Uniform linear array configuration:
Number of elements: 4
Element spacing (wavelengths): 0.5
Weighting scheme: uniform
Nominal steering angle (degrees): -15
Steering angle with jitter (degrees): -16.261
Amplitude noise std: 0.05
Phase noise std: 0.05

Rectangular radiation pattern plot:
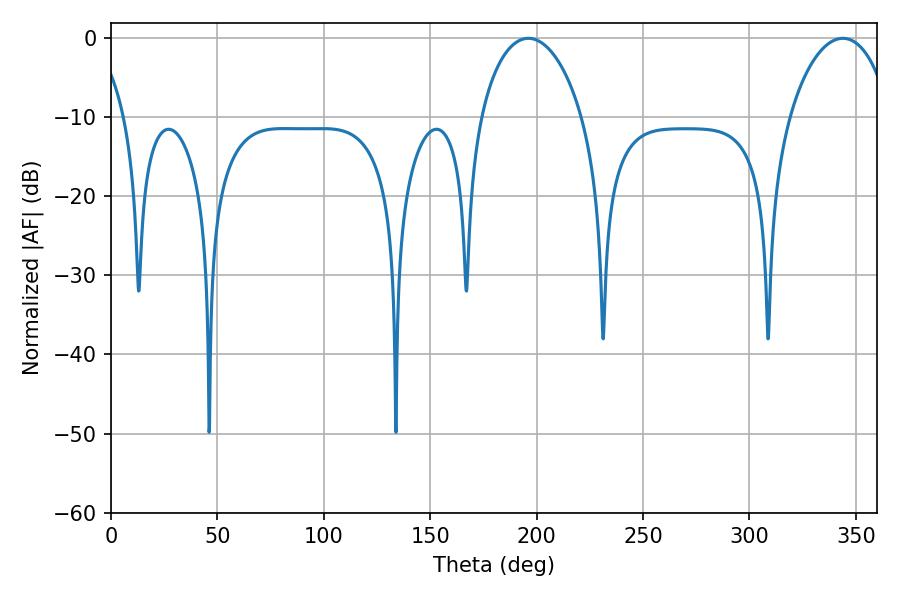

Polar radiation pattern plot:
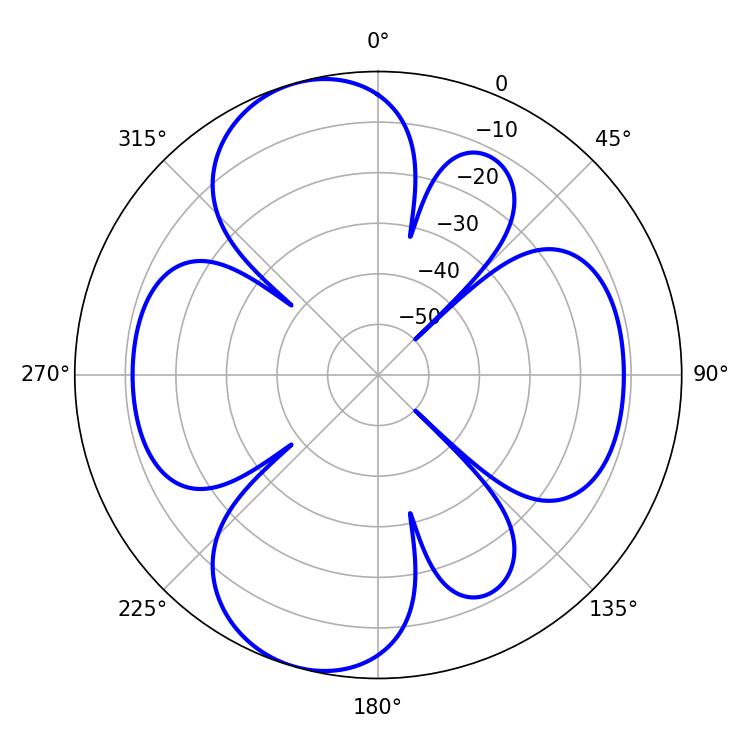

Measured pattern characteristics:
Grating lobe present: FALSE
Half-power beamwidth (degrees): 27.36
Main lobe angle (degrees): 196.02